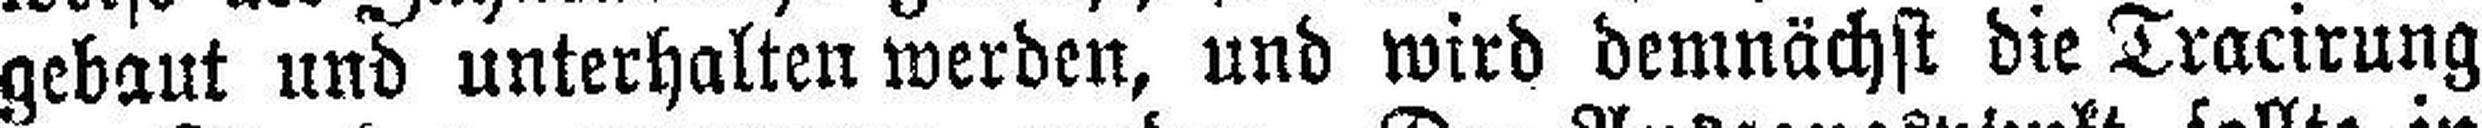
gebaut und unterhalten werden, und wird demnächst die Tracirung